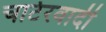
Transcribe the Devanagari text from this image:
चार्टरवादी